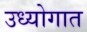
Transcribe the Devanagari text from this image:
उध्योगात